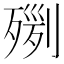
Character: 𣨸